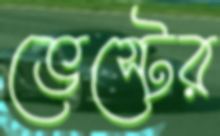
ভেস্টের